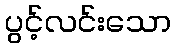
ပွင့်လင်းသော